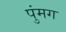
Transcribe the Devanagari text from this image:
पुंमग